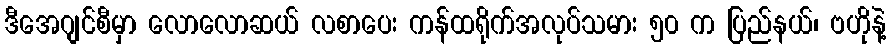
ဒီအေဂျင်စီမှာ လောလောဆယ် လစာပေး ကန်ထရိုက်အလုပ်သမား ၅၀ က ပြည်နယ်၊ ဗဟိုနဲ့